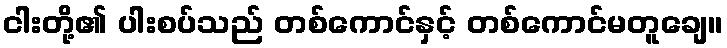
ငါးတို့၏ ပါးစပ်သည် တစ်ကောင်နှင့် တစ်ကောင်မတူချေ။